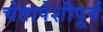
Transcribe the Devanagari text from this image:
चेतापेशीपूर्व